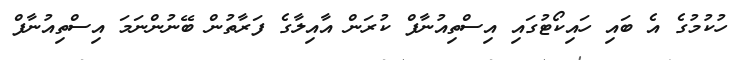
ހުކުމުގެ އެ ބައި ހައިކޯޓުގައި އިސްތިއުނާފް ކުރަން އާއިލާގެ ފަރާތުން ބޭނުންނަމަ އިސްތިއުނާފް